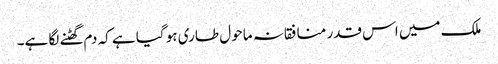
ملک میں اس قدر منافقانہ ماحو ل طاری ہو گیا ہے کہ دم گھٹنے لگا ہے۔